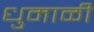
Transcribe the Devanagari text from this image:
धुमाळी